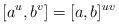
LaTeX: \begin{align*}[{a^{u}},{b^{v}}]=[a,b]^{uv} \end{align*}